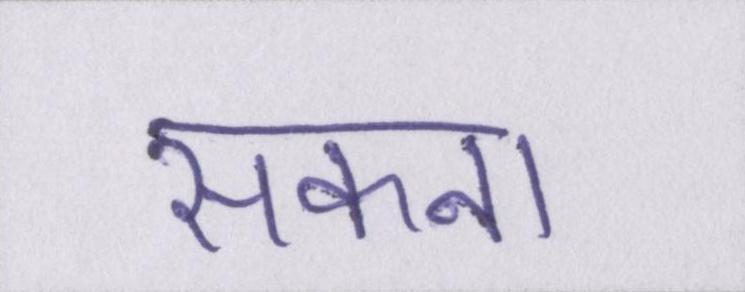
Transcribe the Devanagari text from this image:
सकना